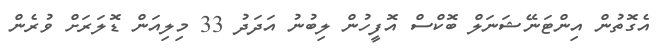
އެގޮތުން އިންޓަނޭޝަނަލް ބޮކްސް އޮފީހުން ލިބުނު އަދަދު 33 މިލިއަން ޑޮލަރަށް ވުރެން